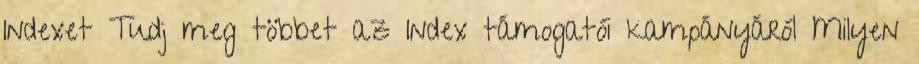
Indexet Tudj meg többet az Index támogatói kampányáról Milyen